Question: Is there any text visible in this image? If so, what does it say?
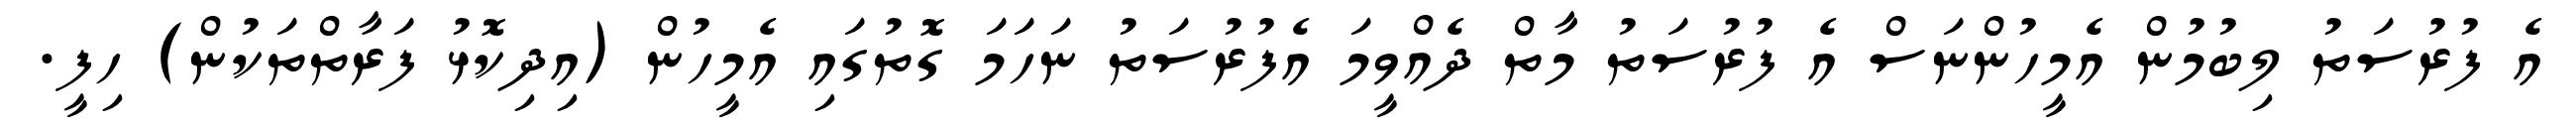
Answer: އެ ފުރުސަތު ލިބުމުން އެމީހުންނަސް އެ ފުރުސަތު މާތް ދެއްވީމަ އެފުރުސަތު ނަހަމަ ގޮތުގައި އެމީހުން (އިދިކޮޅު ފަރާތްތަކުން) ހިފީ.